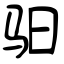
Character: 驲